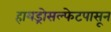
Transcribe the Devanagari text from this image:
हायड्रोसल्फेटपासून